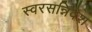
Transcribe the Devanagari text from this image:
स्वरसन्निवेश